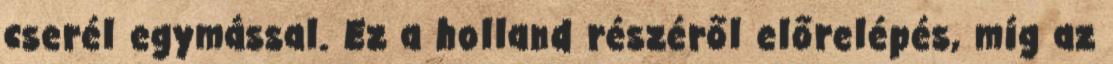
cserél egymással. Ez a holland részéről előrelépés, míg az